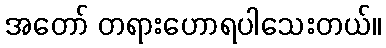
အတော် တရားဟောရပါသေးတယ်။